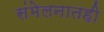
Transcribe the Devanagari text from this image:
संमेलनातही